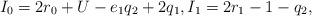
LaTeX: \begin{gather*}I_0 = 2r_0 + U -e_1q_2+2q_1, I_1 = 2r_1 -1 -q_2,\end{gather*}